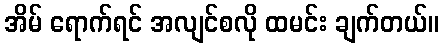
အိမ် ရောက်ရင် အလျင်စလို ထမင်း ချက်တယ်။